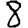
Digit: 8